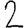
Digit: 2